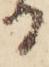
る